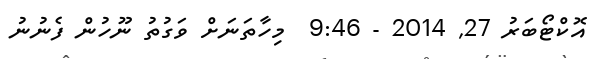
އޮކްޓޯބަރު 27